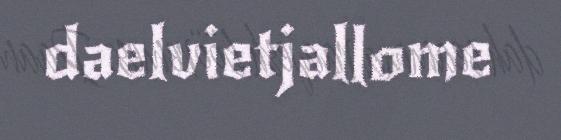
daelvietjallome